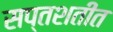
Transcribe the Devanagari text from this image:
सप्तशतीत